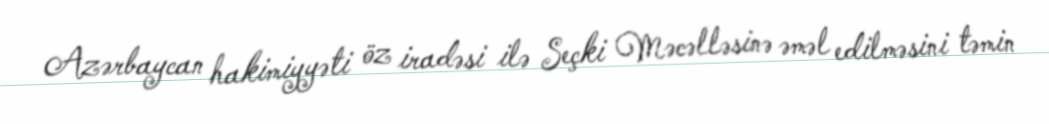
Azərbaycan hakimiyyəti öz iradəsi ilə Seçki Məcəlləsinə əməl edilməsini təmin